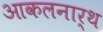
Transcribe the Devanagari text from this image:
आकलनार्थ